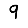
Digit: 9